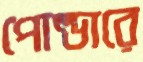
পোল্ডারে